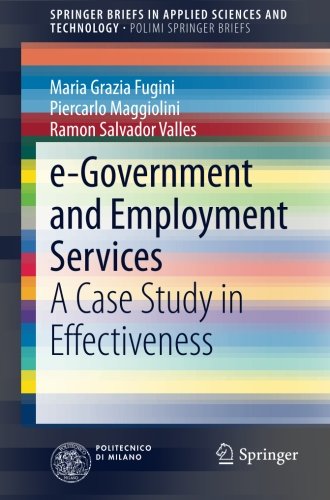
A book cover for e-Government and Employment Services: A Case Study in Effectiveness (SpringerBriefs in Applied Sciences and Technology); Maria Grazia Fugini; Business & Money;